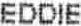
EDDIE